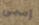
إسمى